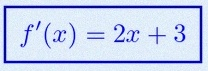
f'(x)=2x+3